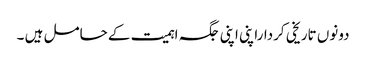
دونوں تاریخی کرداراپنی اپنی جگہ اہمیت کے حامل ہیں ۔